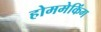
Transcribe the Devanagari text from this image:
होममेकिंग